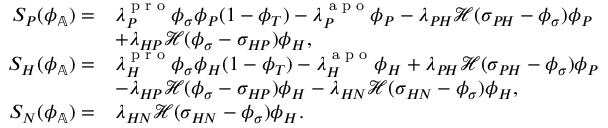
\begin{array} { r l } { S _ { P } ( \phi _ { \mathbb { A } } ) = } & { \lambda _ { P } ^ { \textup { p r o } } \phi _ { \sigma } \phi _ { P } ( 1 - \phi _ { T } ) - \lambda _ { P } ^ { \textup { a p o } } \phi _ { P } - \lambda _ { P \! H } \mathcal { H } ( \sigma _ { P \! H } - \phi _ { \sigma } ) \phi _ { P } } \\ & { + \lambda _ { H \! P } \mathcal { H } ( \phi _ { \sigma } - \sigma _ { H \! P } ) \phi _ { H } , } \\ { S _ { H } ( \phi _ { \mathbb { A } } ) = } & { \lambda _ { H } ^ { \textup { p r o } } \phi _ { \sigma } \phi _ { H } ( 1 - \phi _ { T } ) - \lambda _ { H } ^ { \textup { a p o } } \phi _ { H } + \lambda _ { P \! H } \mathcal { H } ( \sigma _ { P \! H } - \phi _ { \sigma } ) \phi _ { P } } \\ & { - \lambda _ { H \! P } \mathcal { H } ( \phi _ { \sigma } - \sigma _ { H \! P } ) \phi _ { H } - \lambda _ { H \! N } \mathcal { H } ( \sigma _ { H \! N } - \phi _ { \sigma } ) \phi _ { H } , } \\ { S _ { N } ( \phi _ { \mathbb { A } } ) = } & { \lambda _ { H \! N } \mathcal { H } ( \sigma _ { H \! N } - \phi _ { \sigma } ) \phi _ { H } . } \end{array}